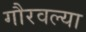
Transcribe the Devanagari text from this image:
गौरवल्या